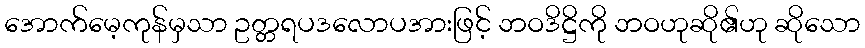
အောက်မေ့ကုန်မှသာ ဥတ္တရပဒလောပအားဖြင့် ဘဝဒိဋ္ဌိကို ဘဝဟုဆို၏ဟု ဆိုသော